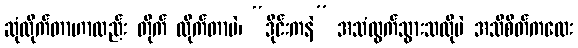
ဆုံလိုက်တာဟာလည်း တိုက် လိုက်တာပဲ၊ “ဒိုင်းကနဲ” အသံထွက်သွားသလိုပဲ အသိစိတ်ကလေး